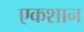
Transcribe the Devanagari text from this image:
एकशान